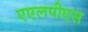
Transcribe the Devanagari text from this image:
एएलपीएस